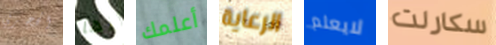
الحجري إنها أعلمك الرعاية لايعلم سكارلت